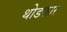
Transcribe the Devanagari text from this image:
थोडफार